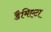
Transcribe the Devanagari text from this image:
डैमिएटा